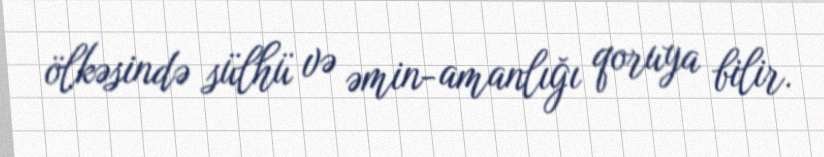
ölkəsində sülhü və əmin-amanlığı qoruya bilir.